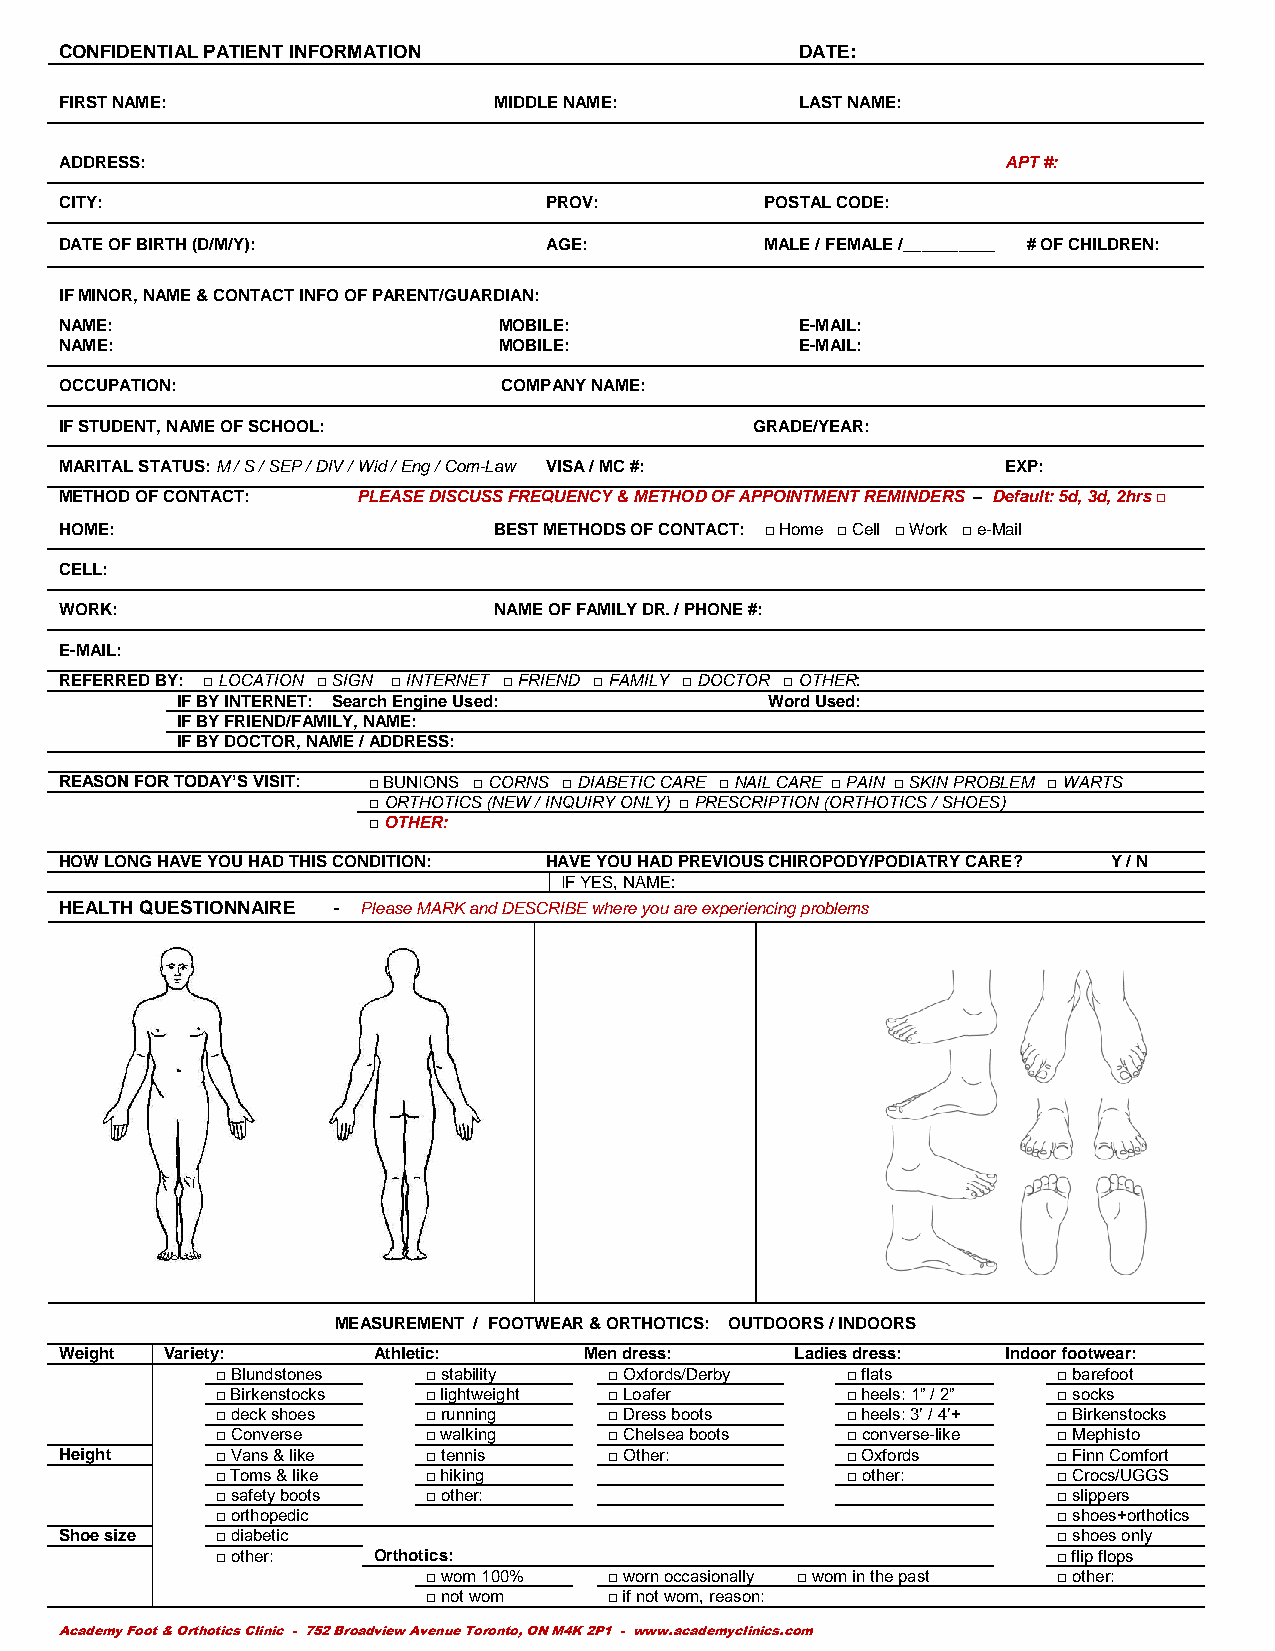
CONFIDENTIAL PATIENT INFORMATION                 DATE:
 FIRST NAME:                  MIDDLE NAME:        LAST NAME:
 ADDRESS:                                                       APT #:
 CITY:                           PROV:          POSTAL CODE:
 DATE OF BIRTH (D/M/Y):          AGE:           MALE / FEMALE /__________ # OF CHILDREN:
 IF MINOR, NAME & CONTACT INFO OF PARENT/GUARDIAN:
 NAME:                        MOBILE:             E-MAIL:
 NAME:                        MOBILE:             E-MAIL:
 OCCUPATION:                  COMPANY NAME:
 IF STUDENT, NAME OF SCHOOL:                   GRADE/YEAR:
 MARITAL STATUS: M / S / SEP / DIV / Wid / Eng / Com-Law VISA / MC #: EXP:
 METHOD OF CONTACT:  PLEASE DISCUSS FREQUENCY & METHOD OF APPOINTMENT REMINDERS – Default: 5d, 3d, 2hrs □
 HOME:                        BEST METHODS OF CONTACT: □ Home □ Cell □ Work □ e-Mail
 CELL:
 WORK:                        NAME OF FAMILY DR. / PHONE #:
 E-MAIL:
 REFERRED BY: □ LOCATION □ SIGN □ INTERNET □ FRIEND □ FAMILY □ DOCTOR □ OTHER:
 IF BY INTERNET: Search Engine Used:    Word Used:
 IF BY FRIEND/FAMILY, NAME:
 IF BY DOCTOR, NAME / ADDRESS:
 REASON FOR TODAY’S VISIT: □ BUNIONS □ CORNS □ DIABETIC CARE □ NAIL CARE □ PAIN □ SKIN PROBLEM □ WARTS
 □ ORTHOTICS (NEW / INQUIRY ONLY) □ PRESCRIPTION (ORTHOTICS / SHOES)
 □ OTHER:
 HOW LONG HAVE YOU HAD THIS CONDITION: HAVE YOU HAD PREVIOUS CHIROPODY/PODIATRY CARE? Y / N
 IF YES, NAME:
 HEALTH QUESTIONNAIRE - Please MARK and DESCRIBE where you are experiencing problems
 MEASUREMENT / FOOTWEAR & ORTHOTICS: OUTDOORS / INDOORS
 Weight Variety:      Athletic:     Men dress:    Ladies dress: Indoor footwear:
 □ Blundstones □ stability □ Oxfords/Derby □ flats       □ barefoot
 □ Birkenstocks □ lightweight □ Loafer     □ heels: 1” / 2” □ socks
 □ deck shoes  □ running   □ Dress boots   □ heels: 3’ / 4’+ □ Birkenstocks
 □ Converse    □ walking   □ Chelsea boots □ converse-like □ Mephisto
 Height    □ Vans & like □ tennis    □ Other:        □ Oxfords     □ Finn Comfort
 □ Toms & like □ hiking                    □ other:      □ Crocs/UGGS
 □ safety boots □ other:                                 □ slippers
 □ orthopedic                                            □ shoes+orthotics
 Shoe size □ diabetic                                              □ shoes only
 □ other:   Orthotics:                                   □ flip flops
 □ worn 100% □ worn occasionally □ worn in the past □ other:
 □ not worn  □ if not worn, reason:
 Academy Foot & Orthotics Clinic - 752 Broadview Avenue Toronto, ON M4K 2P1 - www.academyclinics.com